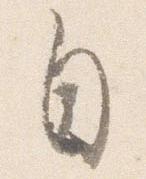
自